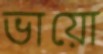
ভায়ো